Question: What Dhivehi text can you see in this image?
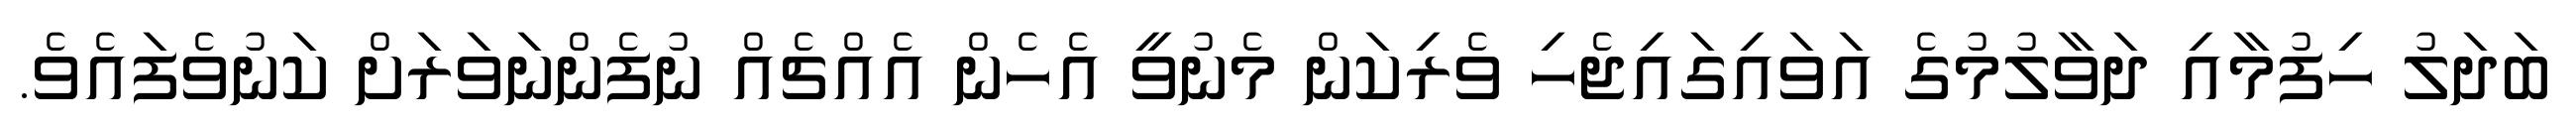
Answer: ބަދަލު ހިފުމާއި ދަވާލުމުގެ އަވައިގައިޖެހި ވެރިކަން މެނުވީ އެހެން އެއްޗެއް ނުފެންނަވަރަށް ކަނުވެފައެވެ.